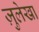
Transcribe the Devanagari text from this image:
ज़ुलेखा